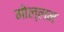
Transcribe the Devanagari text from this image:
मोल्लम